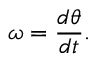
\omega = { \frac { d \theta } { d t } } .